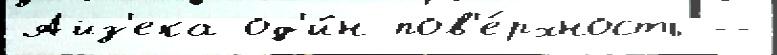
Айз'ека од'и́н пов'е́рхность --